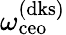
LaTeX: \omega_{\mathrm{ceo}}^{\mathrm{(dks)}}